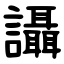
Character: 讘